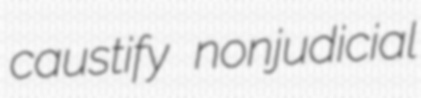
caustify nonjudicial